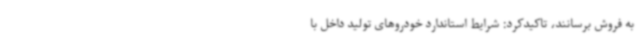
به فروش برسانند، تاکیدکرد: شرایط استاندارد خودروهای تولید داخل با